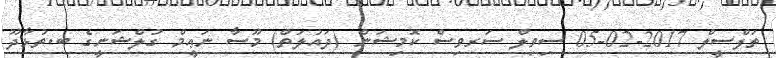
ތަފްސީލް 2017-02-05 ސިވިލް ސަރވިސް ކޮމިޝަން (ދައުލަތް) މޫސާ ނަޢީމް ގުލްޝަނީގެ ބ.ތުޅާދޫ